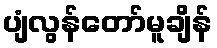
ပျံလွန်တော်မူချိန်